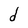
Character: d